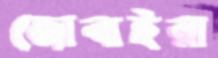
জোবাইরা